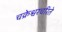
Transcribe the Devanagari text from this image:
चक्रेश्वरचरिते